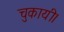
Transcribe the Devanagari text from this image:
चुकायी।